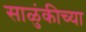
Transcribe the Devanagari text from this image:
साळुंकीच्या